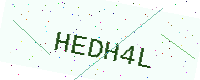
Text: HEDH4L